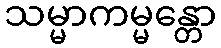
သမ္မာကမ္မန္တော